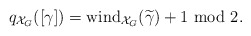
\begin{align*}q_{\mathcal{X}_G}([\gamma])={\rm wind}_{\mathcal{X}_G}(\widetilde{\gamma})+1 \ {\rm mod\ } 2.\end{align*}